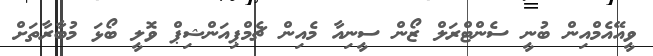
ވީއޭއެމްއިން ބުނީ ސެންޓްރަލް ޒޯން ސީނިއާ މެއިން ޗެމްޕިއަންޝިޕް ވޮލީ ބޯޅަ މުބާރާތަށް